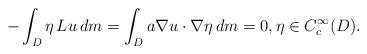
LaTeX: \begin{align*}-\int_D \eta\,Lu\,dm=\int_Da\nabla u\cdot\nabla \eta\,dm=0,\eta\in C_c^\infty(D).\end{align*}